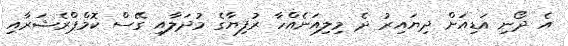
އެ ދޯނި އަޑިއަށް ދިޔައިރު ދެ މިލިއަނެއްހާ ރުފިޔާގެ މުދަލާއި ގޭސް ކޮމްޕްރެޝަރާއި